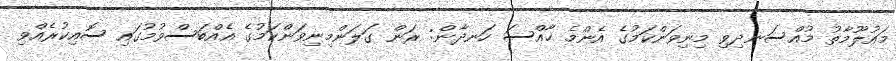
މައުލޫމާތު މުއްސަނދިވި މިނިވަންކަމުގެ އެންމެ ޚާއްސަ ހަނދާން: ރަން ގަލަންމިނިވަންކަމުގެ އެއްބަސްވުމުގައި ސޮއިކުރެއްވި